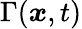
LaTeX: \Gamma({\boldsymbol{x}},t)